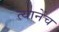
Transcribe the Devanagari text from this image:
त्यानेंच